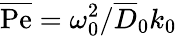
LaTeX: \overline{{\mathrm{Pe}}}=\omega_{0}^{2}/\overline{{D}}_{0}k_{0}